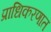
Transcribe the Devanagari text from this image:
प्राधिकरणात